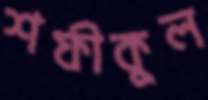
শফীকুল